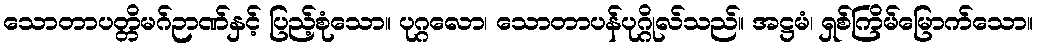
သောတာပတ္တိမဂ်ဉာဏ်နှင့် ပြည့်စုံသော။ ပုဂ္ဂလော၊ သောတာပန်ပုဂ္ဂိုလ်သည်။ အဋ္ဌမံ၊ ရှစ်ကြိမ်မြောက်သော။